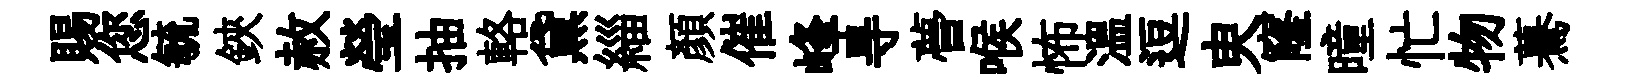
賜您毓鋏赦瑩抽輅黛緇顏催峰㝵瞢喉怖温逗㬰窿曈忙物驀